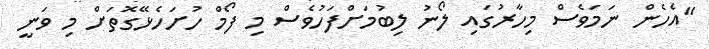
"އެހެން ނަމަވެސް މިހާރުގައި ލޯނު ލިބުމަށްފަހުވެސް މި ފޯމް ހުށަހެޅޭގޮތަށް މި ވަނީ